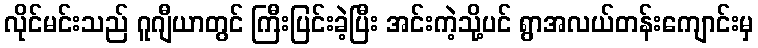
လိုင်မင်းသည် ဂူဂျီယာတွင် ကြီးပြင်းခဲ့ပြီး အင်းကဲ့သို့ပင် ရွာအလယ်တန်းကျောင်းမှ